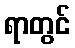
ရာတွင်